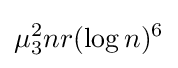
\mu _{3}^{2}nr(\log n)^{6}